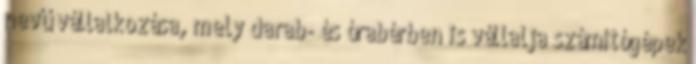
nevű vállalkozása, mely darab- és órabérben is vállalja számítógépek